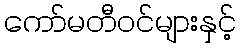
ကော်မတီဝင်များနှင့်